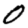
Digit: 0